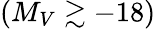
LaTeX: (M_{V}\gtrsim-18)